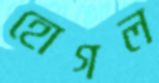
হোগল